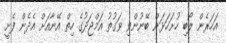
އަހަރެން ލޯބި ހުށަހަޅަން ބޭނުންވި ވަގުތު އަމްޖަދުގެ ހިތް އޭނާއަށް އެދެން ފެށީ